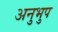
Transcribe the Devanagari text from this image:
अनुभुप